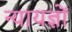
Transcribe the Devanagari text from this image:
न्यायज्ञों